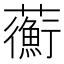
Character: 𧄇